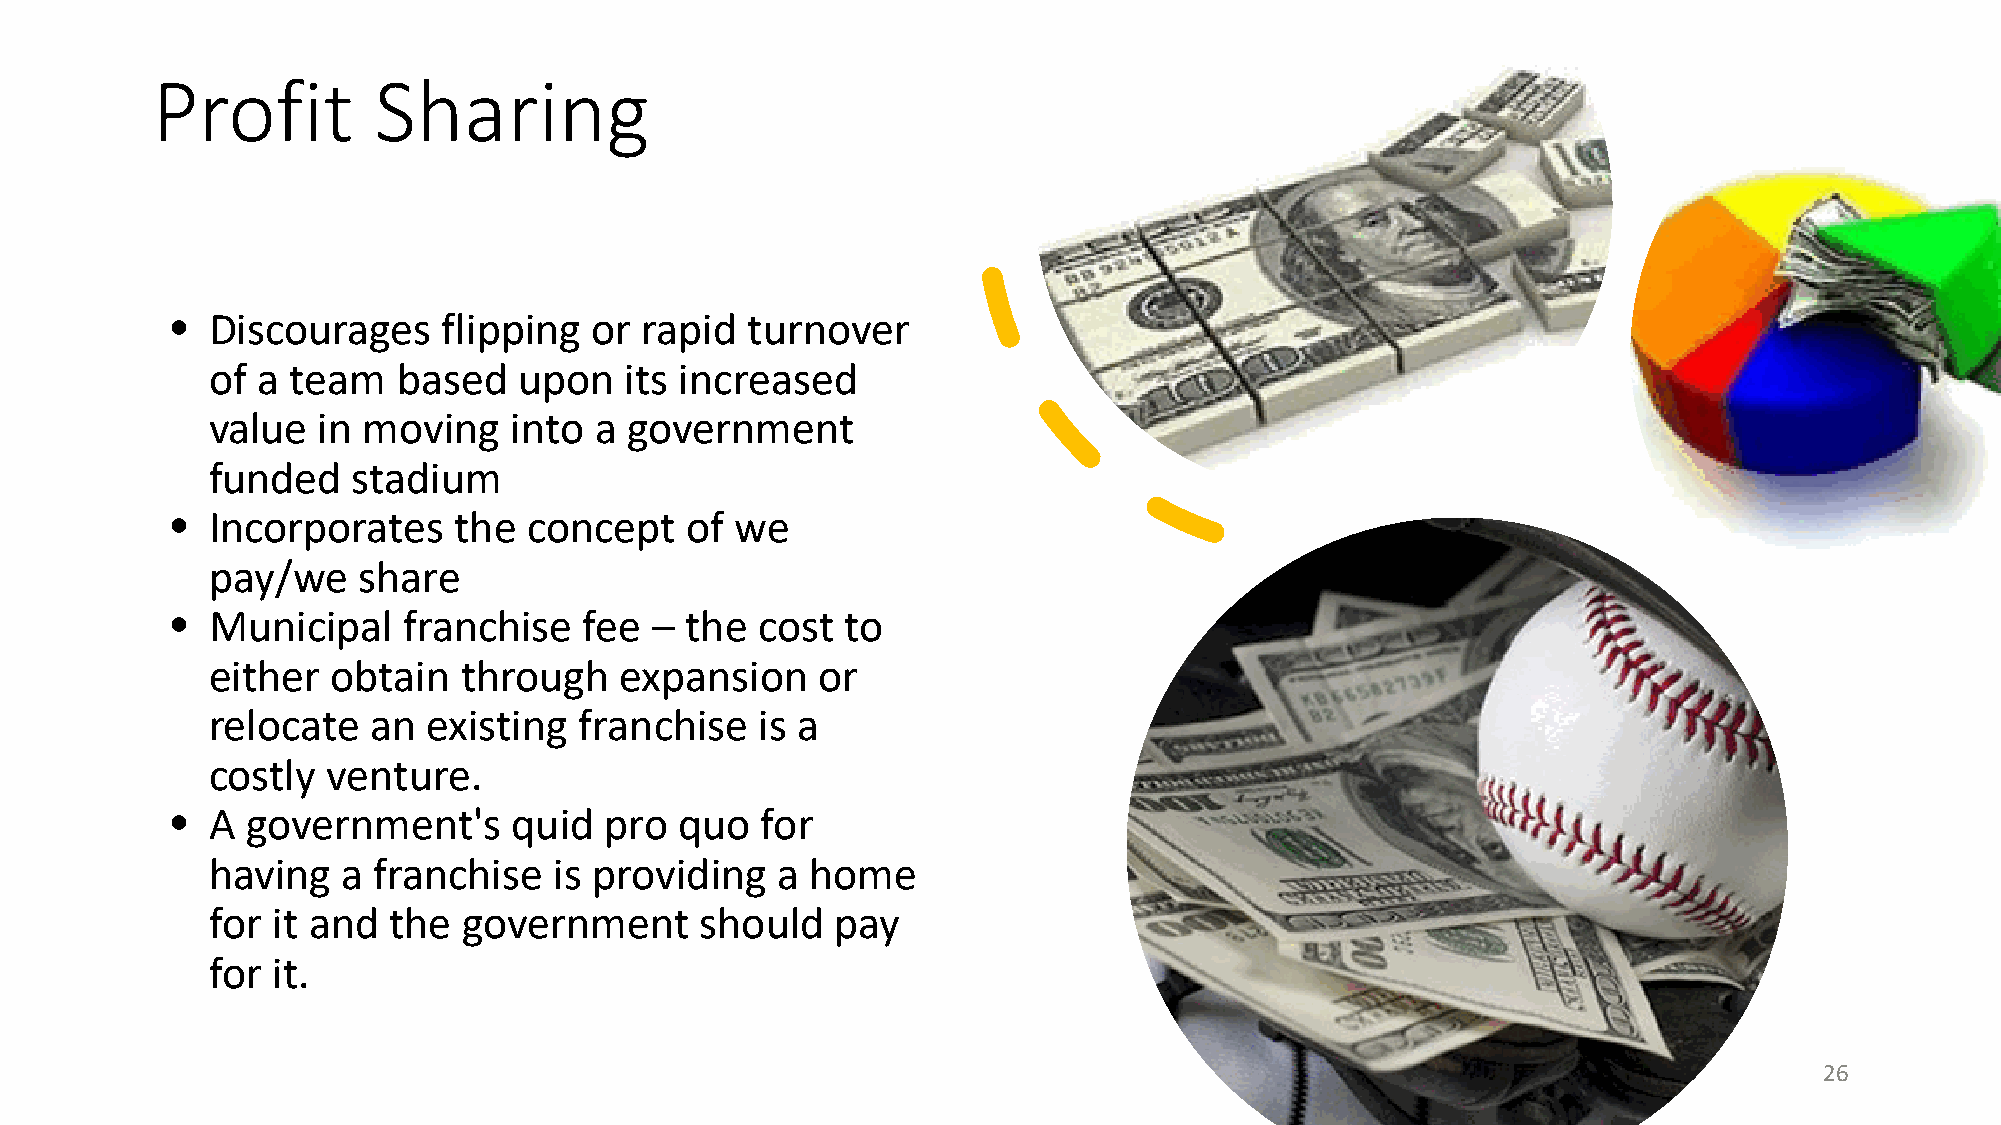
Profit         Sharing
 •  Discourages    flipping  or rapid  turnover
 of a team   based   upon   its increased
 value  in moving    into a government
 funded   stadium
 •  Incorporates    the  concept   of  we
 pay/we    share
 •  Municipal    franchise   fee – the  cost  to
 either  obtain  through    expansion    or
 relocate   an existing  franchise   is a
 costly  venture.
 •  A government's      quid  pro  quo  for
 having   a franchise   is providing  a  home
 for it and  the  government     should   pay
 for it.
 26